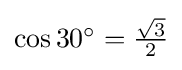
{\textstyle \cos {30^{\circ }}={\frac {\sqrt {3}}{2}}}